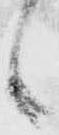
候